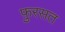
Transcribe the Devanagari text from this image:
फ़ुरसत